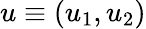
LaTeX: u\equiv(u_{1},u_{2})